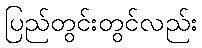
ပြည်တွင်းတွင်လည်း